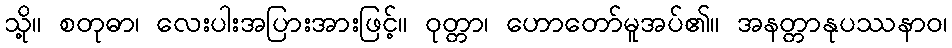
သို့။ စတုဓာ၊ လေးပါးအပြားအားဖြင့်။ ဝုတ္တာ၊ ဟောတော်မူအပ်၏။ အနတ္တာနုပဿနာဝ၊